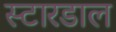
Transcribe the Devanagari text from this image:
स्टारडाल